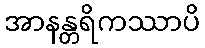
အာနန္တရိကဿာပိ